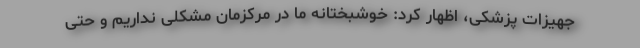
جهیزات پزشکی، اظهار کرد: خوشبختانه ما در مرکزمان مشکلی نداریم و حتی